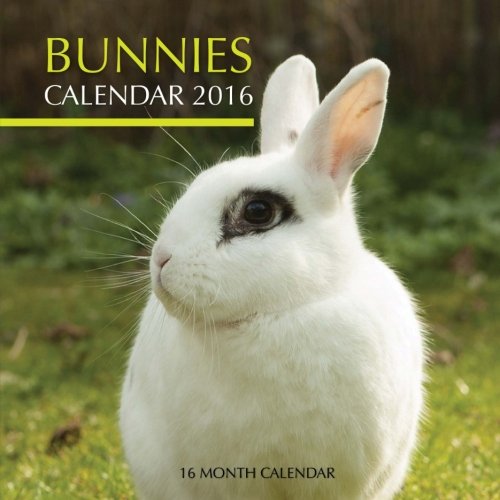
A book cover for Bunnies Calendar 2016: 16 Month Calendar; Jack Smith; Calendars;